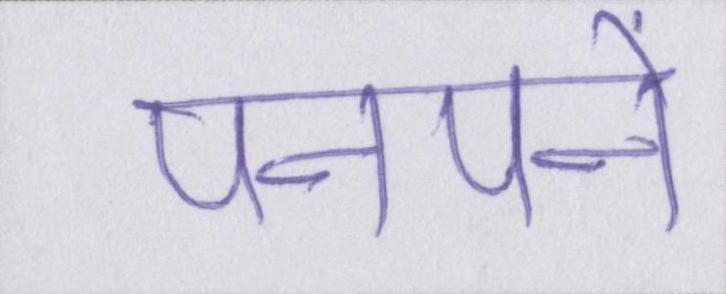
पनपने